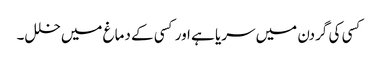
کسی کی گردن میں سریا ہے اور کسی کے دماغ میں خلل۔